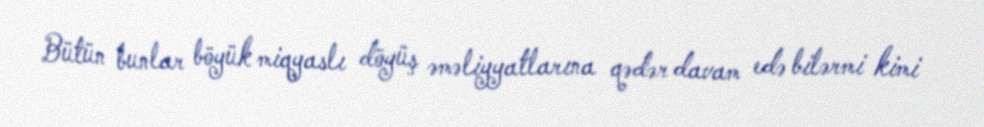
Bütün bunlar böyük miqyaslı döyüş əməliyyatlarına qədər davam edə bilərmi kimi